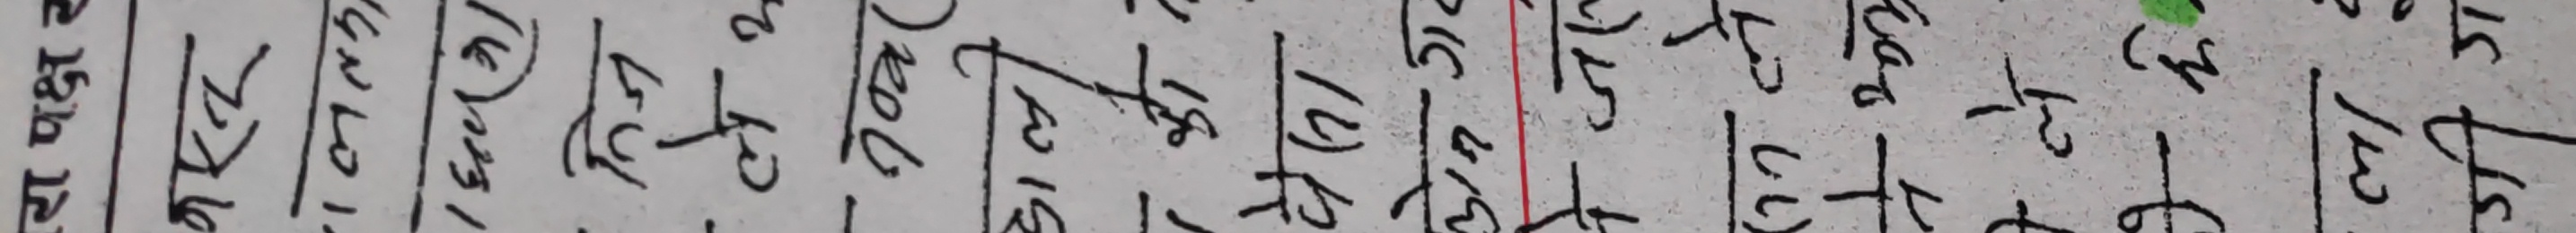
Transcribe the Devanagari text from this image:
प्रकतिबधक धम्कीबदल इलाजपत्र फार्मानक ददबल अधिकारितड़नयन